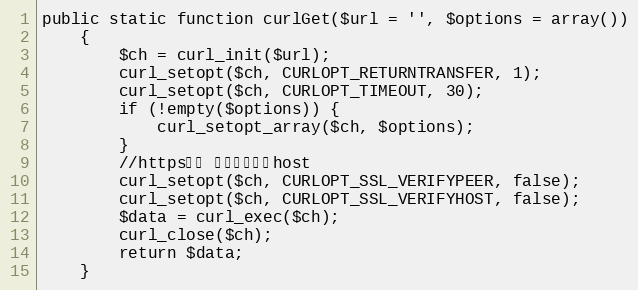
Language: PHP
public static function curlGet($url = '', $options = array())
    {
        $ch = curl_init($url);
        curl_setopt($ch, CURLOPT_RETURNTRANSFER, 1);
        curl_setopt($ch, CURLOPT_TIMEOUT, 30);
        if (!empty($options)) {
            curl_setopt_array($ch, $options);
        }
        //https请求 不验证证书和host
        curl_setopt($ch, CURLOPT_SSL_VERIFYPEER, false);
        curl_setopt($ch, CURLOPT_SSL_VERIFYHOST, false);
        $data = curl_exec($ch);
        curl_close($ch);
        return $data;
    }